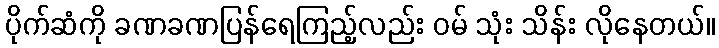
ပိုက်ဆံကို ခဏခဏပြန်ရေကြည့်လည်း ဝမ် သုံး သိန်း လိုနေတယ်။